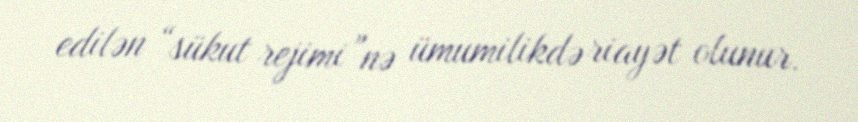
edilən “sükut rejimi”nə ümumilikdə riayət olunur.